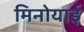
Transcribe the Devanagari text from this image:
मिनोयाई